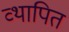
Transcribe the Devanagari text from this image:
व्थापित